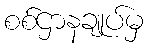
စစ်ဌာနချုပ်မှ